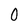
Character: 0